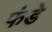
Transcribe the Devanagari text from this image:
फंडे